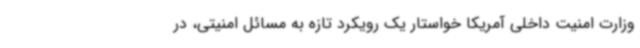
وزارت امنیت داخلی آمریکا خواستار یک رویکرد تازه به مسائل امنیتی، در